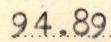
94.89